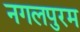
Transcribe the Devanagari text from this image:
नगलपुरम